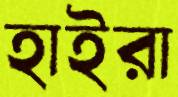
হাইরা